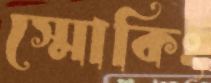
স্মোকিং